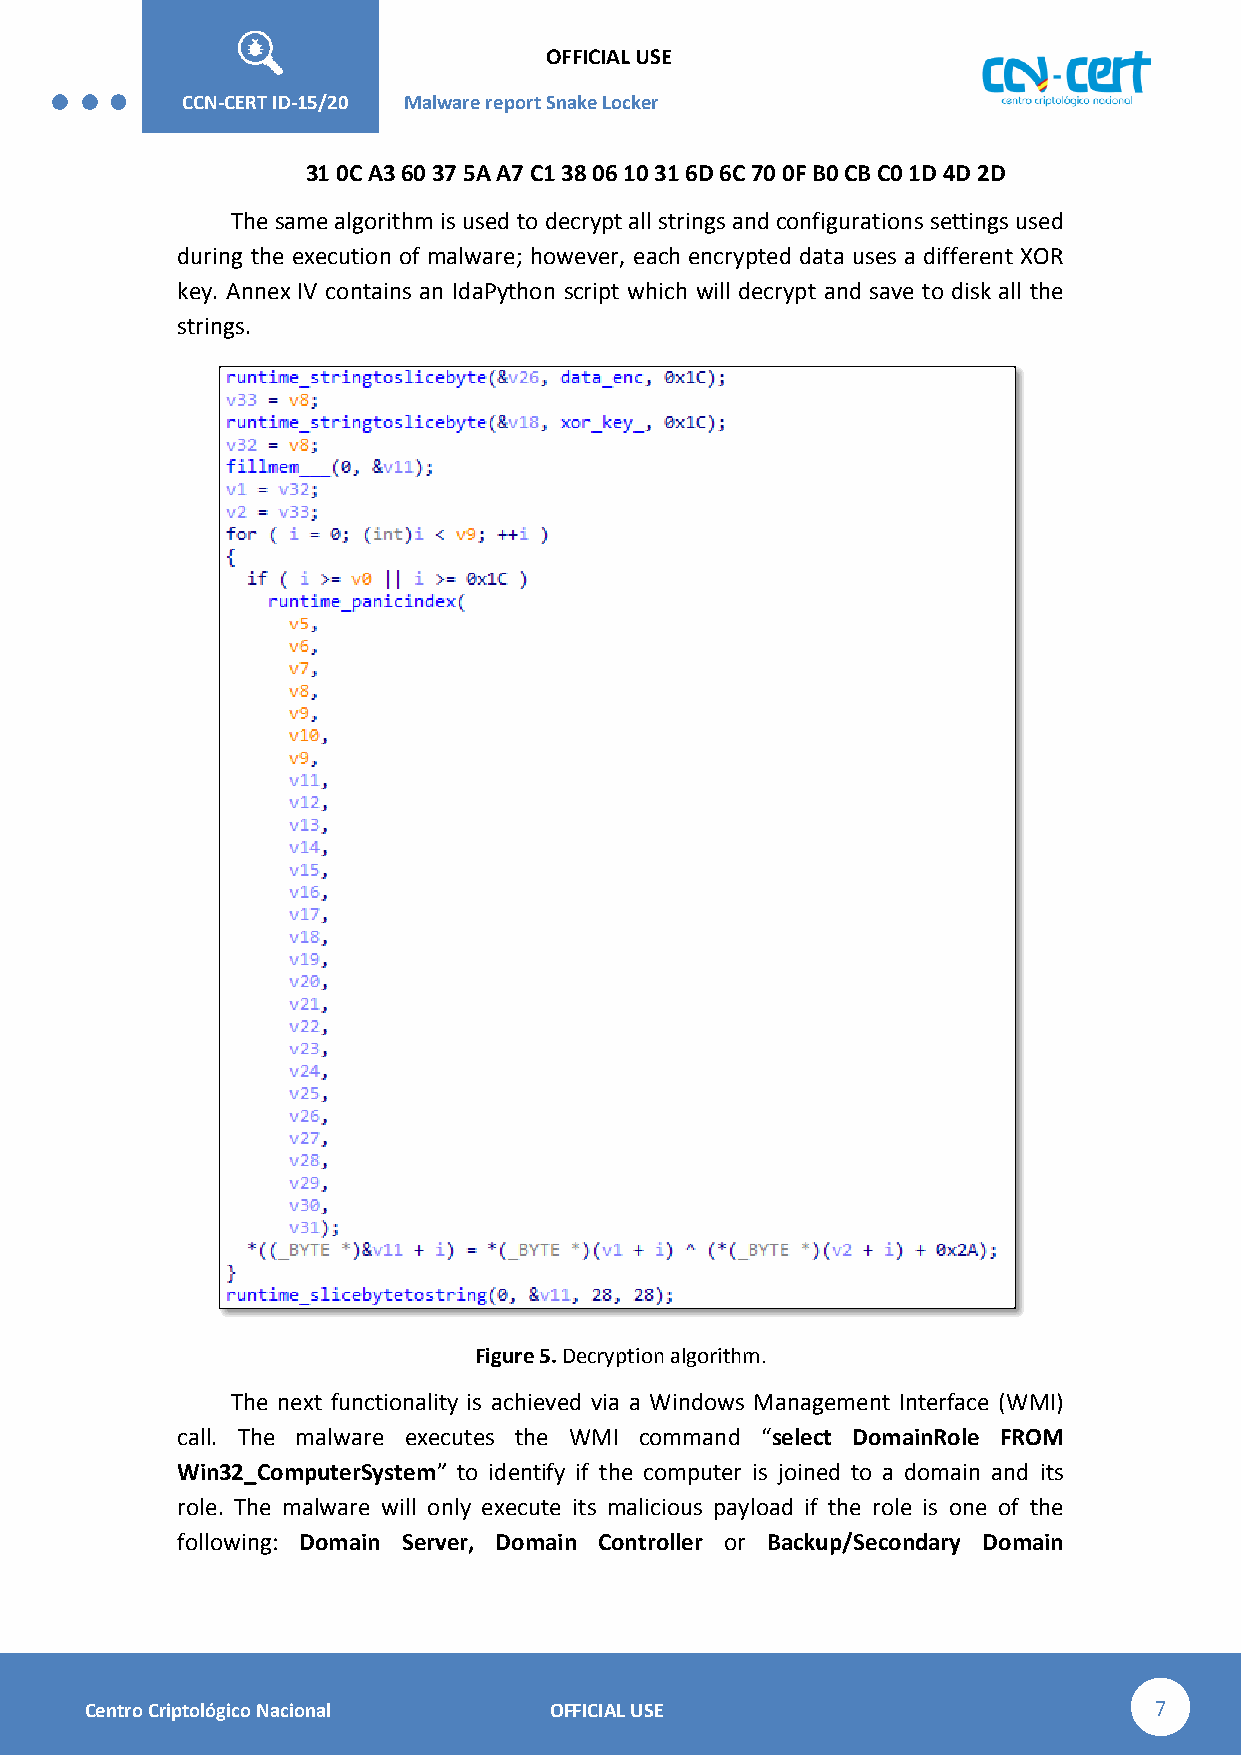
OFFICIAL USE
 CCN-STIC-
 426        CCN-CERT ID-15/20 Malware report Snake Lo cker
 31 0C A3 60 37 5A A7 C1 38 06 10 31 6D 6C 70 0F B0 CB C0 1D 4D 2D
 The same algorithm is used to decrypt all strings and configurations settings used
 during the execution of malware; however, each encrypted data uses a different XOR
 key. Annex IV contains an IdaPython script which will decrypt and save to disk all the
 strings.
 Figure 5. Decryption algorithm.
 The next functionality is achieved via a Windows Management Interface (WMI)
 call. The malware executes the WMI command “select DomainRole FROM
 Win32_ComputerSystem” to identify if the computer is joined to a domain and its
 role. The malware will only execute its malicious payload if the role is one of the
 following: Domain Server, Domain Controller or Backup/Secondary Domain
 Centro Criptológico Nacional  OFFICIAL USE                            7